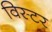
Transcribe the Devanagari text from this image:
विस्टर